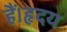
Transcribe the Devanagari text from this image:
हैं।हृदय